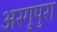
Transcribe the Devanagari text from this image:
अरगूपुरा